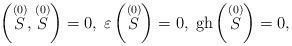
LaTeX: \begin{align*}\left( \stackrel{(0)}{S},\stackrel{(0)}{S}\right) =0,\;\varepsilon \left( \stackrel{(0)}{S}\right) =0,\;\mathrm{gh}\left( \stackrel{(0)}{S}\right) =0,\end{align*}